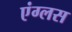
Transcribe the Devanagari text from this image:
एंग्लस